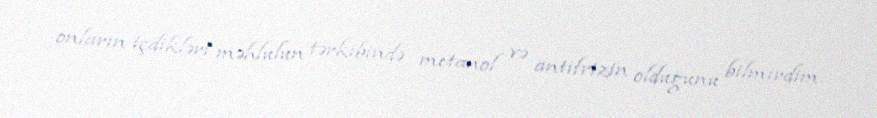
onların içdikləri məhlulun tərkibində metanol və antifrizin olduğunu bilmirdim.